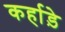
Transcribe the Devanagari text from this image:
कर्हाड़े